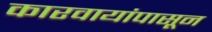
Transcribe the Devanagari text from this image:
कारवायांपासून